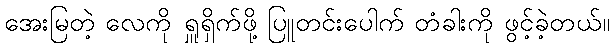
အေးမြတဲ့ လေကို ရှူရှိက်ဖို့ ပြူတင်းပေါက် တံခါးကို ဖွင့်ခဲ့တယ်။